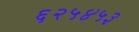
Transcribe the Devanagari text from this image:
६२५४५३